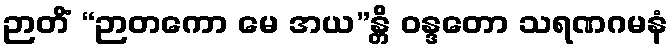
ဉာတိံ “ဉာတကော မေ အယ”န္တိ ဝန္ဒတော သရဏဂမနံ